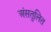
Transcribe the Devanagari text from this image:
अंसतुलित